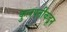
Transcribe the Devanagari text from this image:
कुलपतींकडून